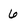
Character: 6